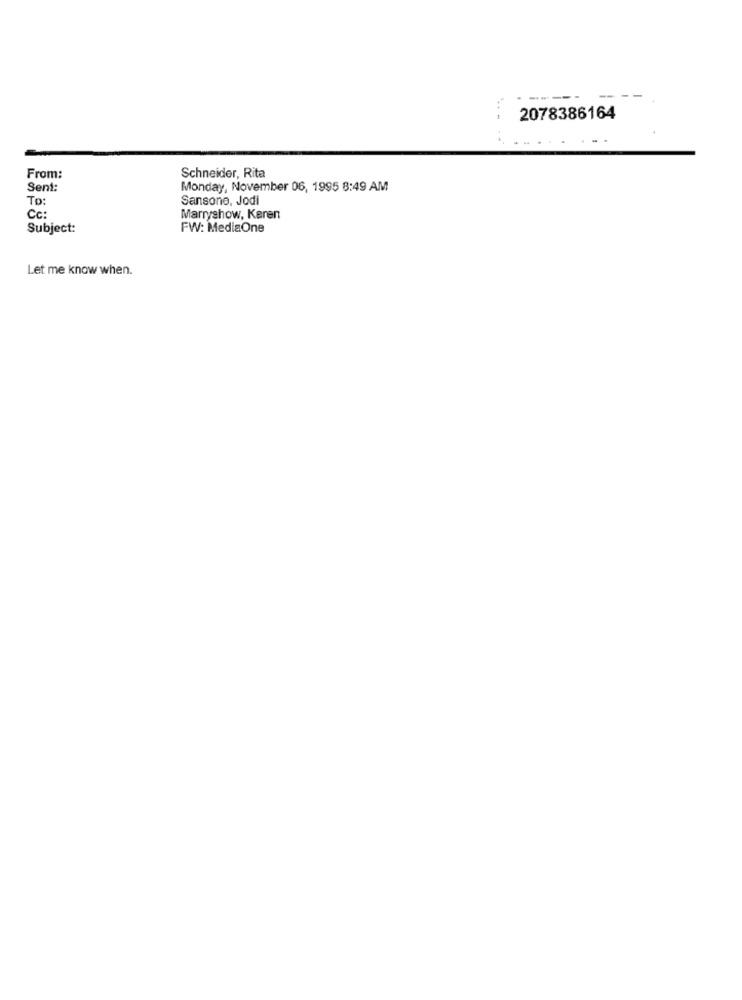
-----
2078386164
From:
Schneider, Rita
Sent:
Monday, November 06, 1995 8:49 AM
To :
Sansone, Jodi
Cc:
Marryshow, Karen
Subject:
FW: MediaOne
Let me know when.